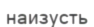
наизусть